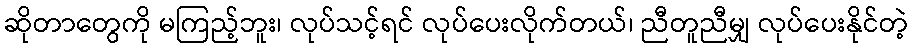
ဆိုတာတွေကို မကြည့်ဘူး၊ လုပ်သင့်ရင် လုပ်ပေးလိုက်တယ်၊ ညီတူညီမျှ လုပ်ပေးနိုင်တဲ့